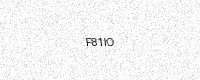
Text: F81IO